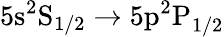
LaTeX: \mathrm{5s^{2}S}_{1/2}\rightarrow\mathrm{5p^{2}P}_{1/2}